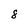
Character: 8